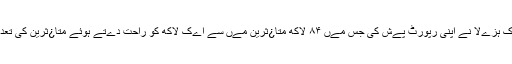
کے کوآرڈینےٹر پرتےک ہزےلا نے اپنی رپورٹ پےش کی جس مےں ۸۴ لاکھ متا¿ثرین مےں سے اےک لاکھ کو راحت دےتے ہوئے متا¿ثرین کی تعداد ۷۴،لاکھ کر دی گئی۔